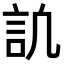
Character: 𧥬